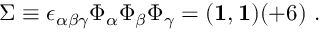
\Sigma \equiv \epsilon _ { \alpha \beta \gamma } \Phi _ { \alpha } \Phi _ { \beta } \Phi _ { \gamma } = ( { \bf 1 } , { \bf 1 } ) ( + 6 ) ~ .